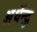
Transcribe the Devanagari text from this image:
अर्धेन्दु